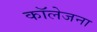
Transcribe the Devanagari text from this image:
कॉलेजना